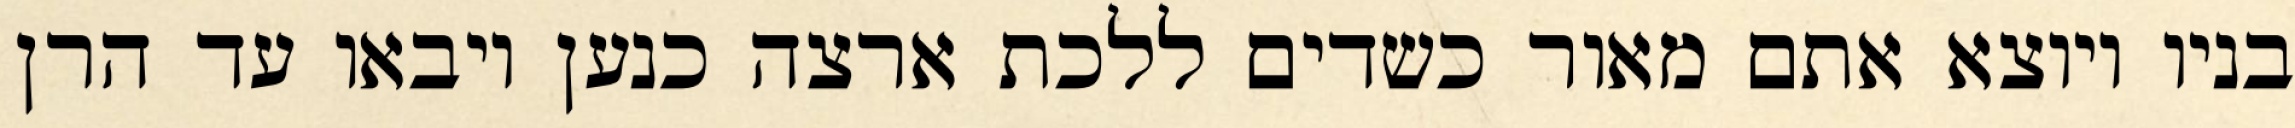
בניו ויוצא אתם מאור כשדים ללכת ארצה כנען ויבאו עד הרן